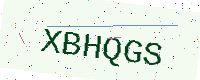
Text: XBHQGS